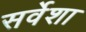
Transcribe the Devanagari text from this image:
सर्वेशा